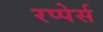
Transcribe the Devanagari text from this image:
रप्पेर्स